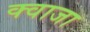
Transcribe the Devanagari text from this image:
क्वाजा